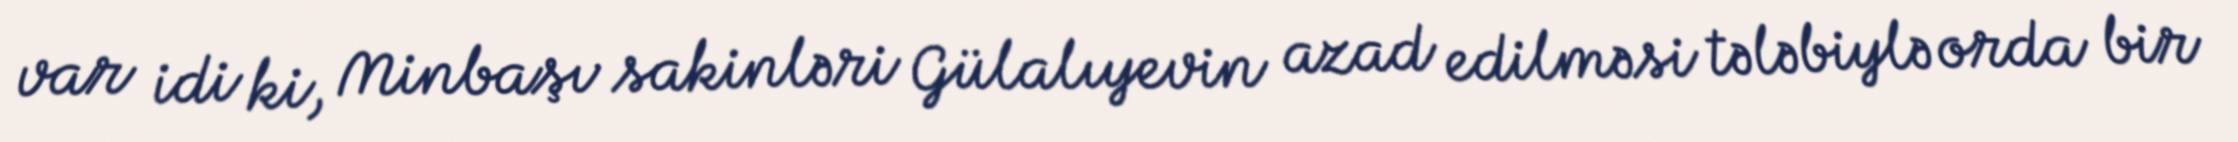
var idi ki, Minbaşı sakinləri Gülalıyevin azad edilməsi tələbiylə orda bir